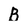
Character: B